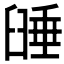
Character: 𦥻